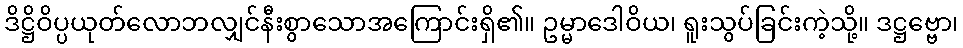
ဒိဋ္ဌိဝိပ္ပယုတ်လောဘလျှင်နီးစွာသောအကြောင်းရှိ၏။ ဥမ္မာဒေါဝိယ၊ ရူးသွပ်ခြင်းကဲ့သို့။ ဒဋ္ဌဗ္ဗော၊